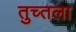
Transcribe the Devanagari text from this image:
तुच्तला